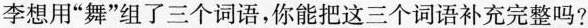
李想用“舞”组了三个词语，你能把这三个词语补充完整吗？